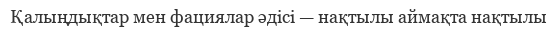
Қалыңдықтар мен фациялар әдісі — нақтылы аймақта нақтылы